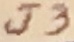
Text: J3